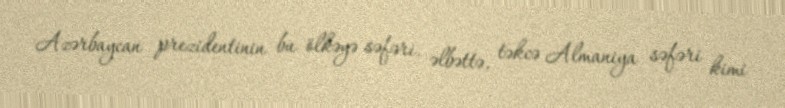
Azərbaycan prezidentinin bu ölkəyə səfəri, əlbəttə, təkcə Almaniya səfəri kimi